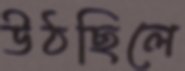
উঠছিলে